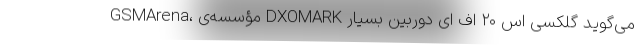
GSMArena،‌ مؤسسه‌ی DXOMARK می‌گوید گلکسی اس ۲۰ اف ای دوربین بسیار